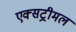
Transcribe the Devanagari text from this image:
एक्सट्रीमल